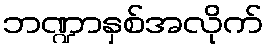
ဘဏ္ဍာနှစ်အလိုက်